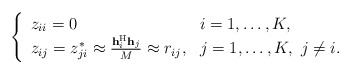
\begin{align*}\left\lbrace\begin{array}{ll}z_{ii} = 0 & i = 1, \ldots, K, \\z_{ij} = z_{ji}^* \approx { \mathbf{h}_i^{\mathrm{H}} \mathbf{h}_j \over M}\approx r_{ij}, & j = 1, \ldots,K, \,\, j \neq i.\end{array}\right.\end{align*}